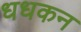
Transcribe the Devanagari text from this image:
धधकन